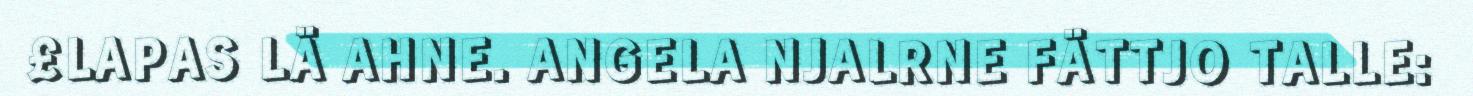
£LAPAS LÄ AHNE. ANGELA NJALRNE FÄTTJO TALLE: